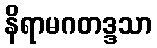
နိရာမဂတဒ္ဒသာ